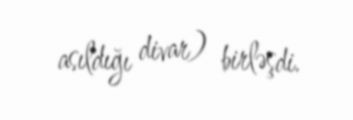
asıldığı divar) birləşdi.